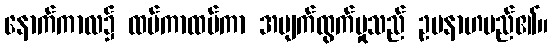
နောက်ကာလ၌ ထပ်ကာထပ်ကာ အမျက်ထွက်မှုသည် ဥပနာဟမည်၏။